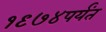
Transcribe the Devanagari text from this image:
१९७४पर्यंत